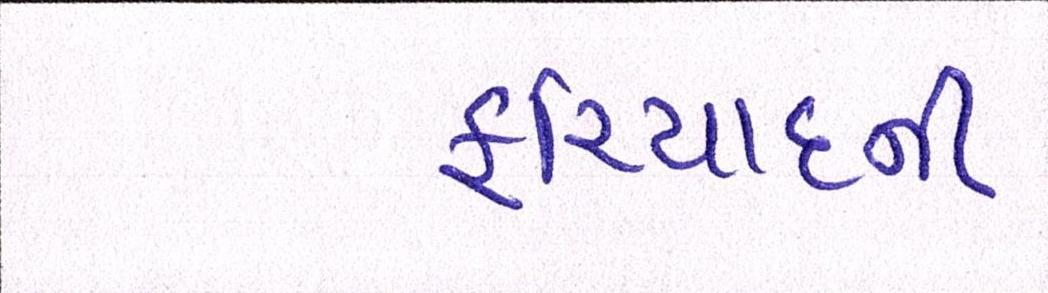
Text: ફરિયાદની